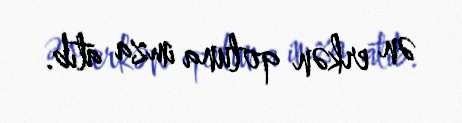
ən erkən qoluna imza atıb.